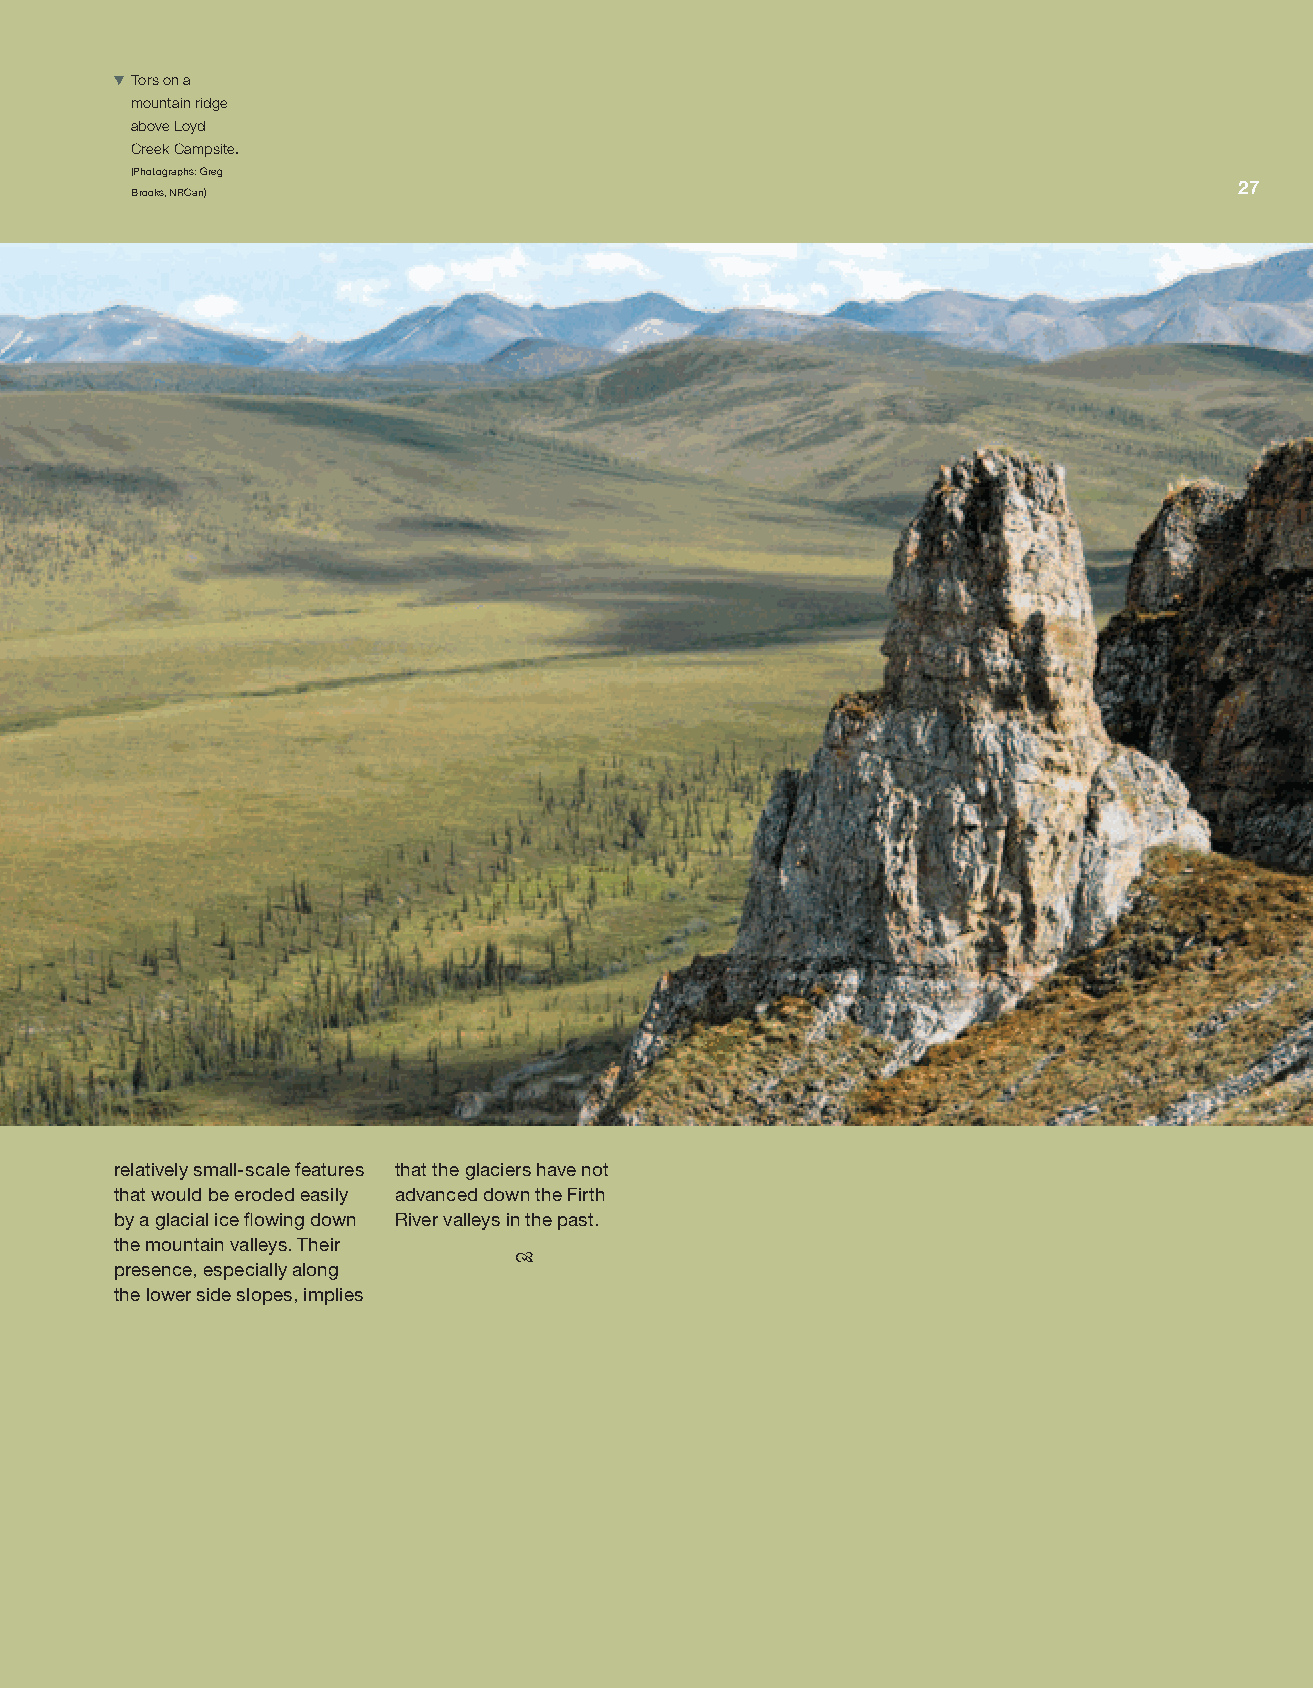
TXTors on a
 mountain ridge
 above Loyd
 Creek Campsite.
 (Photographs: Greg
 Geological evolution of Ivvavik                                           27
 Brooks, NRCan)
 relatively small-scale features that the glaciers have not
 that would be eroded easily advanced down the Firth
 by a glacial ice flowing down River valleys in the past.
 the mountain valleys. Their
 
 presence, especially along
 the lower side slopes, implies